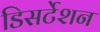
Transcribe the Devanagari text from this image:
डिसर्टेशन